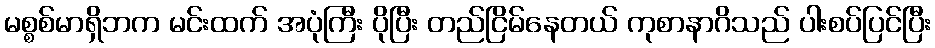
မစ္စစ်မာရှိဘက မင်းထက် အပုံကြီး ပိုပြီး တည်ငြိမ်နေတယ် ကုစာနာဂိသည် ပါးစပ်ပြင်ပြီး